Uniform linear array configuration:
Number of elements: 12
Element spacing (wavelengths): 0.5
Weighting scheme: exponential
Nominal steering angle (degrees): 45
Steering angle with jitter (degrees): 46.66
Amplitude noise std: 0.05
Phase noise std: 0.05

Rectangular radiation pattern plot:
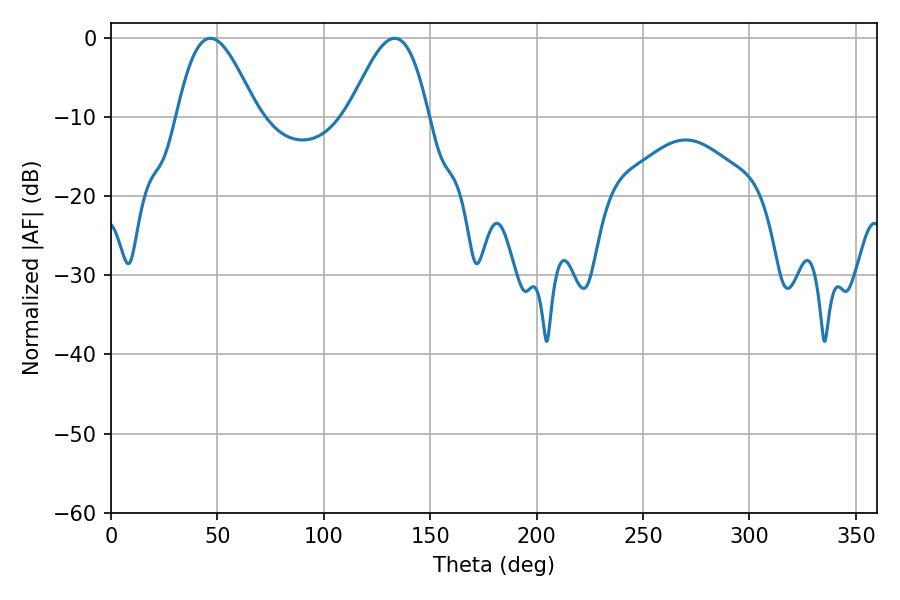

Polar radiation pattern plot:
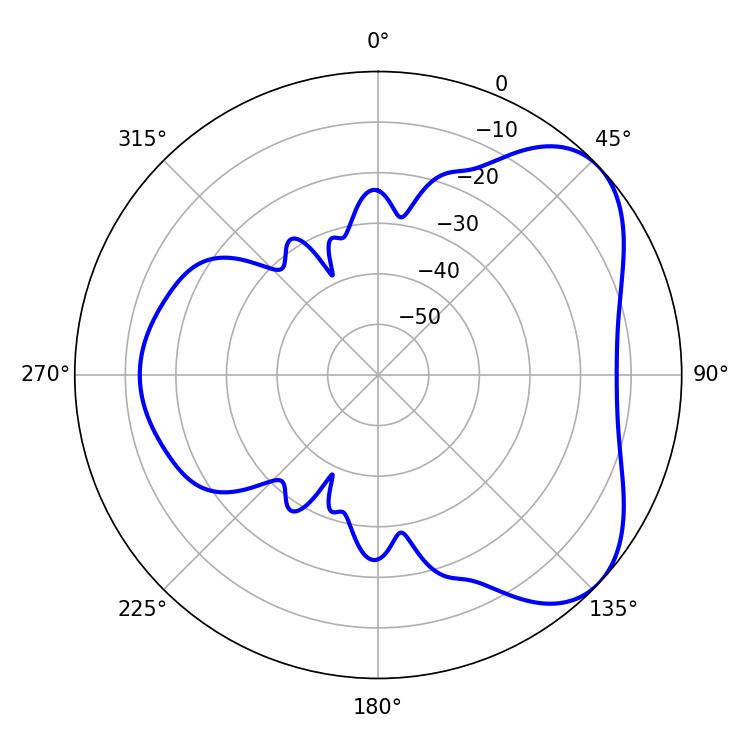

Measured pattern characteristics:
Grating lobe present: FALSE
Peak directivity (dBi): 5.392
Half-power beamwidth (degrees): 20.16
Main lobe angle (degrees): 46.62